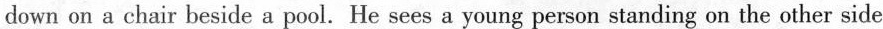
down on a chair beside a pool. He sees a young person standing on the other side